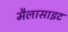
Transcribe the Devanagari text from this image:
मैलासाइट